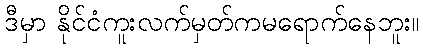
ဒီမှာ နိုင်ငံကူးလက်မှတ်ကမရောက်နေဘူး။